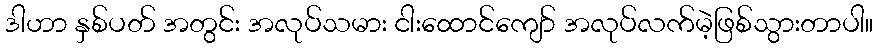
ဒါဟာ နှစ်ပတ် အတွင်း အလုပ်သမား ငါးထောင်ကျော် အလုပ်လက်မဲ့ဖြစ်သွားတာပါ။